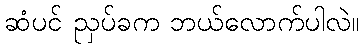
ဆံပင် ညှပ်ခက ဘယ်လောက်ပါလဲ။